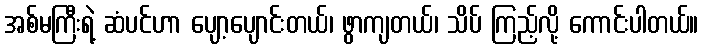
အစ်မကြီးရဲ့ ဆံပင်ဟာ ပျော့ပျောင်းတယ်၊ ဖွာကျတယ်၊ သိပ် ကြည့်လို့ ကောင်းပါတယ်။